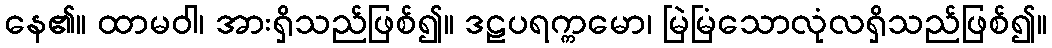
နေ၏။ ထာမဝါ၊ အားရှိသည်ဖြစ်၍။ ဒဠပရက္ကမော၊ မြဲမြံသောလုံလရှိသည်ဖြစ်၍။